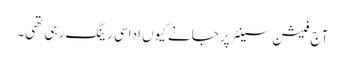
آج فیشن سینٹر پر جانے کیوں اداسی رینگ رہی تھی۔